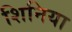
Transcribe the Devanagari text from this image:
शिनिया